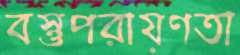
বস্তুপরায়ণতা